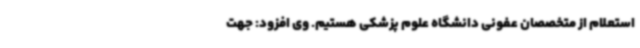
استعلام از متخصصان عفونی دانشگاه علوم پزشکی هستیم. وی افزود: جهت